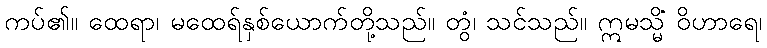
ကပ်၏။ ထေရာ၊ မထေရ်နှစ်ယောက်တို့သည်။ တွံ၊ သင်သည်။ ဣမသ္မိံ ဝိဟာရေ၊